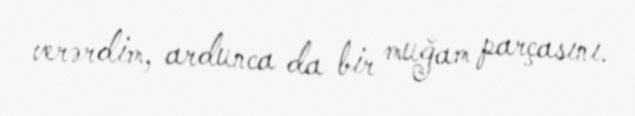
verərdim, ardunca da bir muğam parçasını.